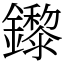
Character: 鑗